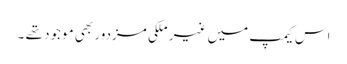
اس کیمپ میں غیر ملکی مزدور بھی موجود تھے ۔